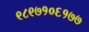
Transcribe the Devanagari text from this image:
९८९७१०६१७७